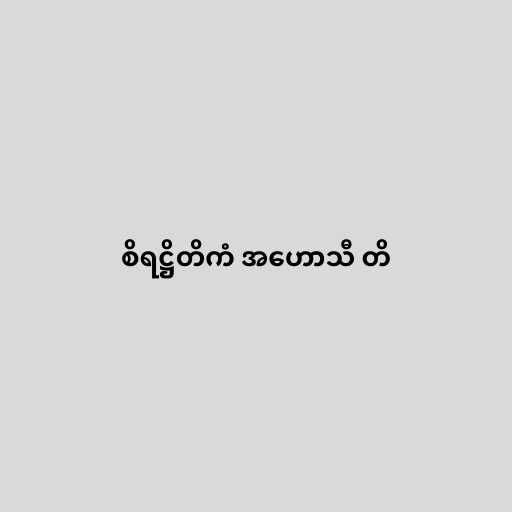
စိရဋ္ဌိတိကံ အဟောသီ တိ